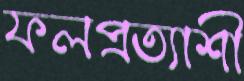
ফলপ্রত্যাশী